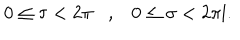
LaTeX: 0 \leq \tau < 2 \pi , 0 \leq \sigma < 2 \pi l .